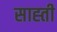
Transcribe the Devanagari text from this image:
साह्ती